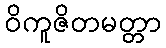
ဝိကူဇိတမတ္တာ